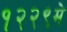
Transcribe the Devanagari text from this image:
१२२९मे